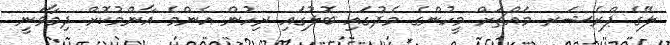
ލޭގެ ޕްރެޝަރ މައްޗަށް މީހުންގެ މެދުގައި ބޮލުގައި ރިހުން އެންމެ އާންމުކޮށް ދިމާވަނީ